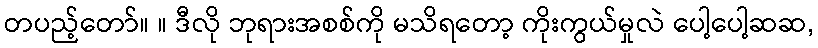
တပည့်တော်။ ။ ဒီလို ဘုရားအစစ်ကို မသိရတော့ ကိုးကွယ်မှုလဲ ပေါ့ပေါ့ဆဆ,